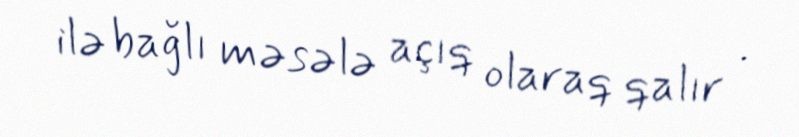
ilə bağlı məsələ açıq olaraq qalır .